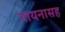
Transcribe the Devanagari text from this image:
गायनासह